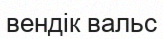
вендік вальс